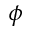
\phi